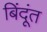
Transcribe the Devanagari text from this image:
बिंदूंत